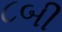
૮બી